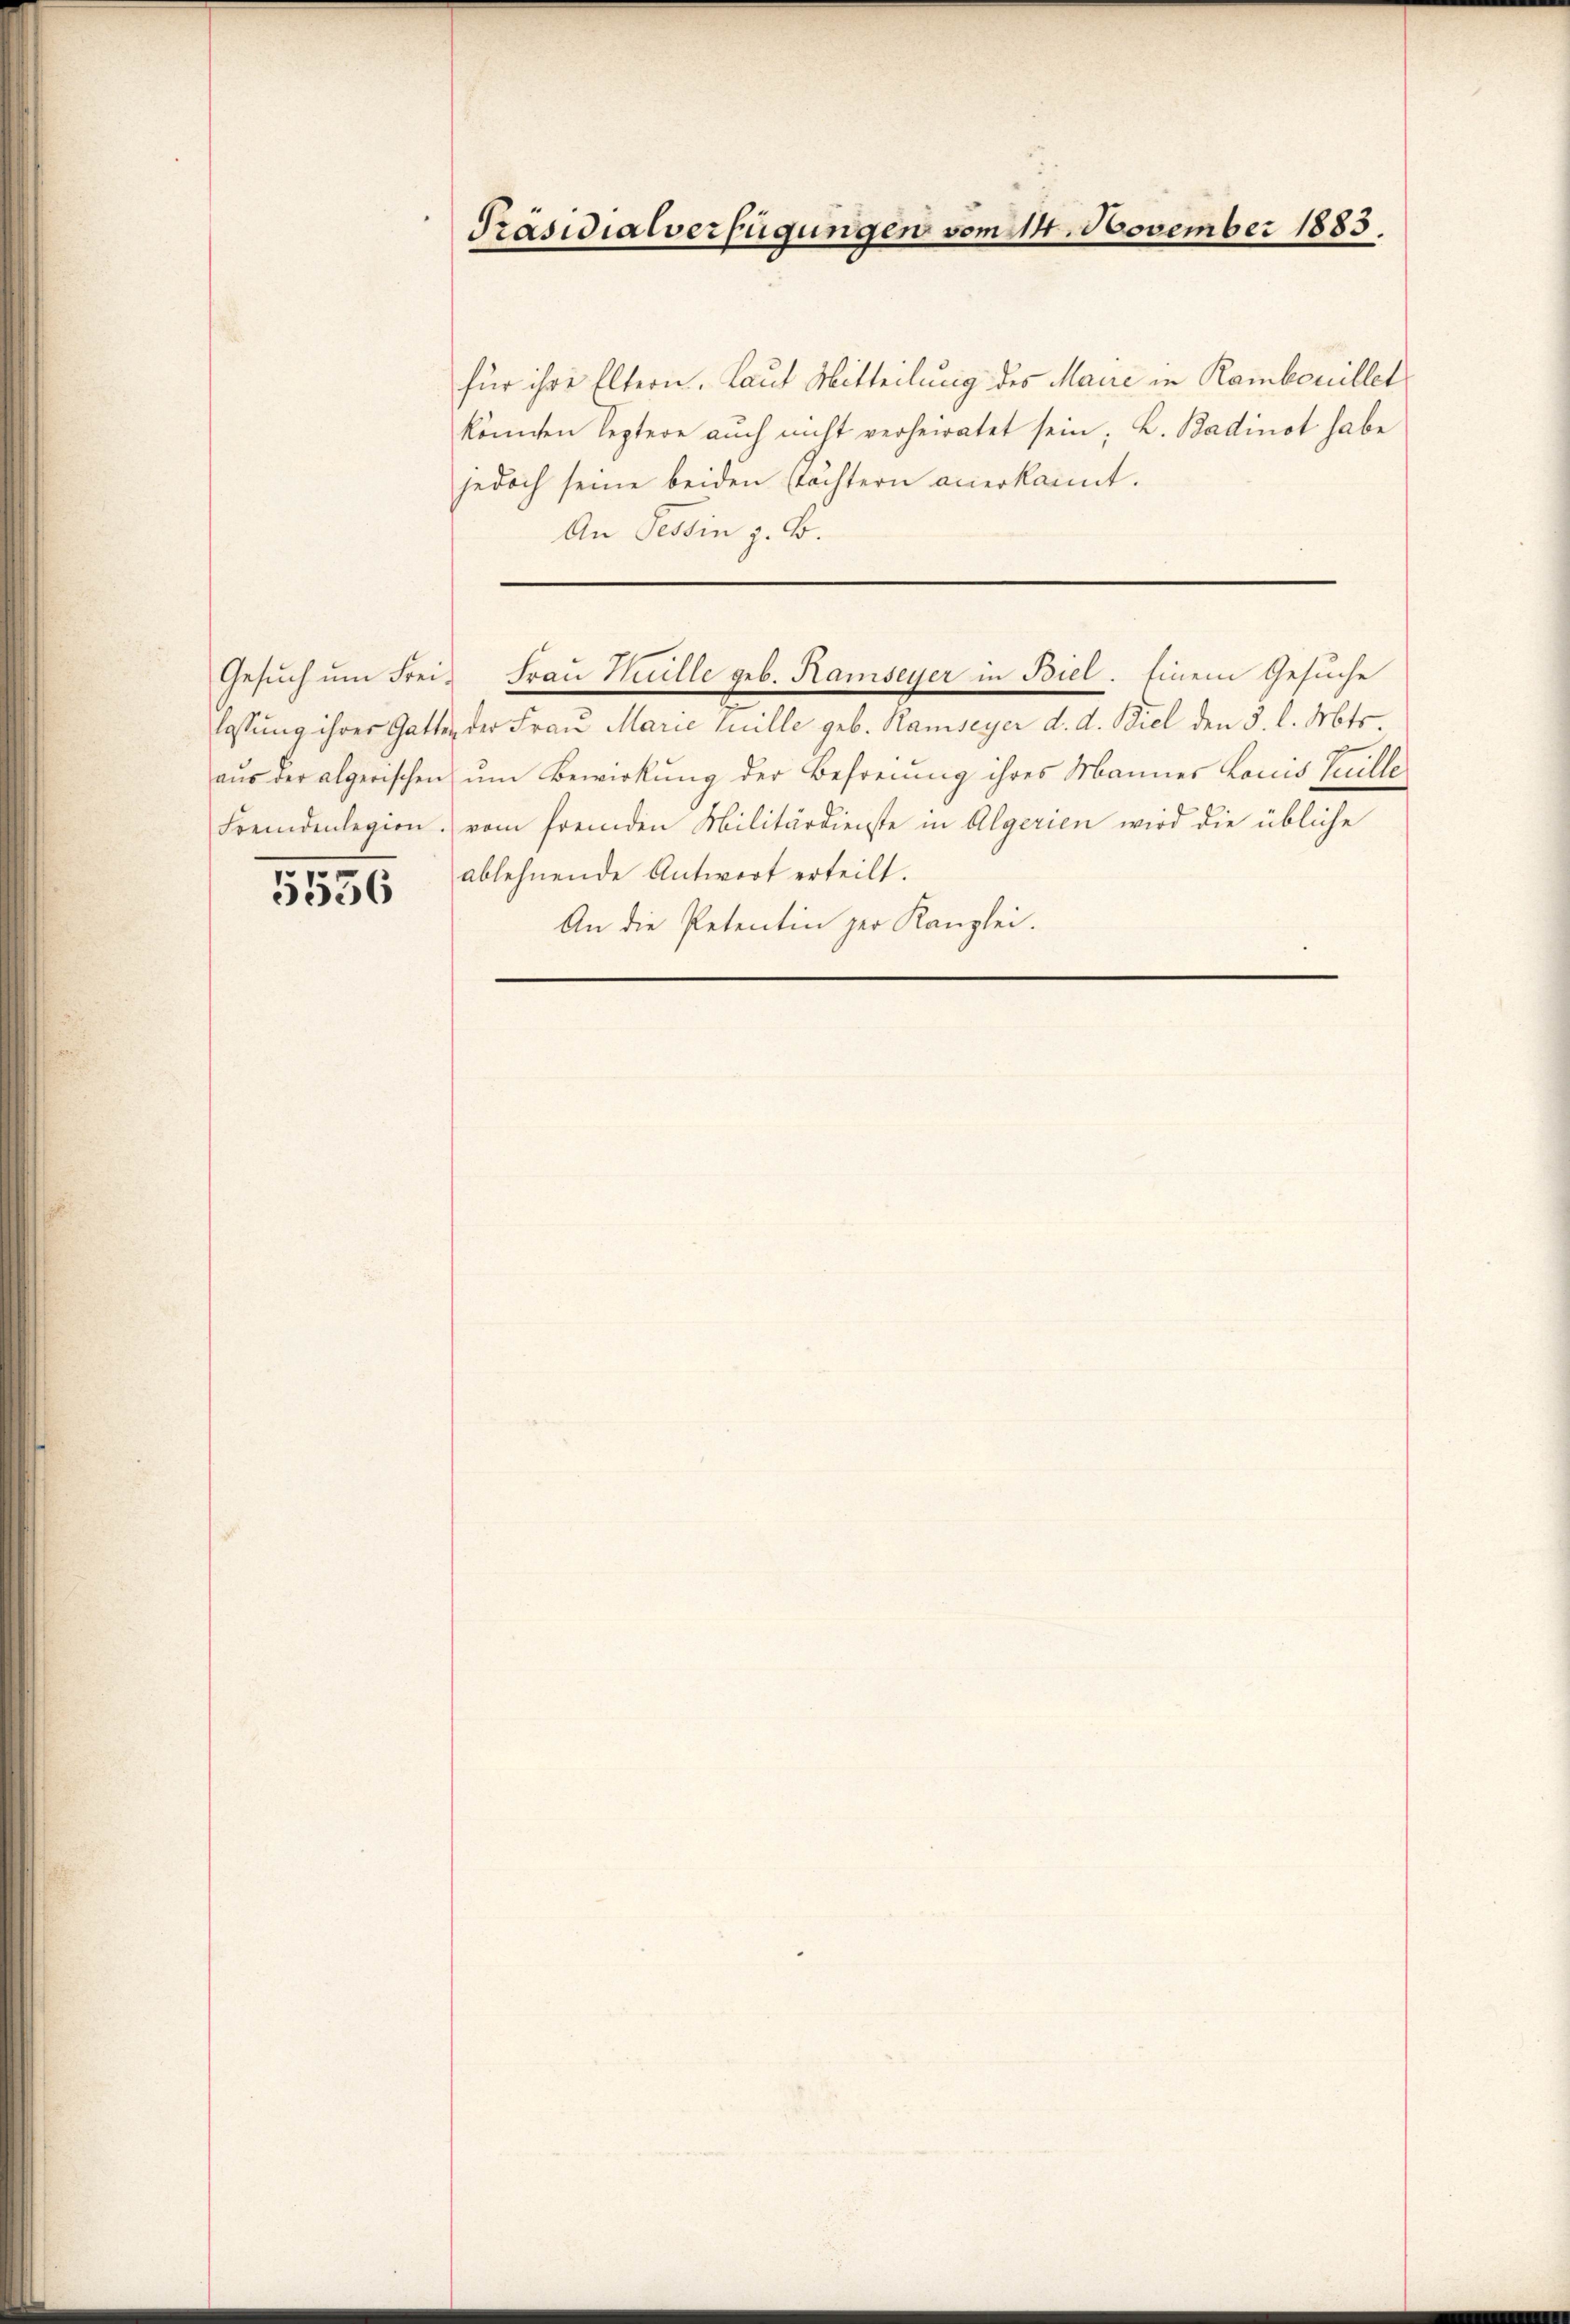
5556

Präsidialverfügungen vom 14. November 1883.

für ihre Eltern, Laut Mitteilung des Marie in Rambenillet
könnten Septere auch nicht verheiratet sein; K. Badinot habe
jedoch seine beiden Töchtern anerkannt.
An Tessin z. B.

lassung ihrer Gatten der Frau Marie luille geb. Ramseyer d. d. Biel den 3. l. Mts.
aŭs der algerischen um Bewirkung der Befreiung ihres Mannes Louis Tuille
Fremdenlegion vom fremden Militärdienste in Algerien wird die übliche
ablehnende Antwort erteilt.
An die Petentin zur Kanzlei.

Gesŭch ŭm Frei- Frau Huille geb. Ramseyer in Biel. Einem Gesuche